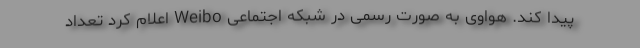
پیدا کند. هواوی به صورت رسمی در شبکه اجتماعی Weibo اعلام کرد تعداد